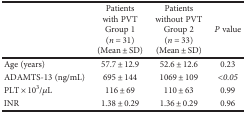
<table><thead><tr><td></td><td><b>Patients with PVTGroup 1 (<i>n</i> = 31)(Mean ± SD)</b></td><td><b>Patients without PVTGroup 2 (<i>n</i> = 33)(Mean ± SD)</b></td><td><b><i>P</i> value</b></td></tr></thead><tbody><tr><td>Age (years)</td><td>57.7 ± 12.9</td><td>52.6 ± 12.6</td><td>0.23</td></tr><tr><td>ADAMTS-13 (ng/mL)</td><td>695 ± 144</td><td>1069 ± 109</td><td><i>&lt;0.05</i></td></tr><tr><td>PLT × 10<sup>3</sup>/<i>μ</i>L</td><td>116 ± 69</td><td>110 ± 63</td><td>0.99</td></tr><tr><td>INR</td><td>1.38 ± 0.29</td><td>1.36 ± 0.29</td><td>0.96</td></tr></tbody></table>